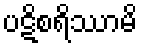
ပဋိစရိဿာမိ